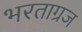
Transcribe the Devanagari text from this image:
भरताग्रज